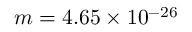
m = 4 . 6 5 \times 1 0 ^ { - 2 6 }